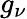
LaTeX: g_{\nu}